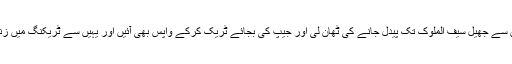
سات سال کی عمر میں ناران سے جھیل سیف الملوک تک پیدل جانے کی ٹھان لی اور جیپ کی بجائے ٹریک کرکے واپس بھی آئیں اور یہیں سے ٹریکنگ میں زندگی گزارنی کا فیصلہ ہوگیا۔